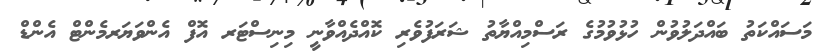
މަސައްކަތު ބައްދަލުވުން ހުޅުވުމުގެ ރަސްމިއްޔާތު ޝަރަފުވެރި ކޮއްދެއްވާނީ މިނިސްޓަރ އޮފް އެންވަޔަރމެންޓް އެންޑް